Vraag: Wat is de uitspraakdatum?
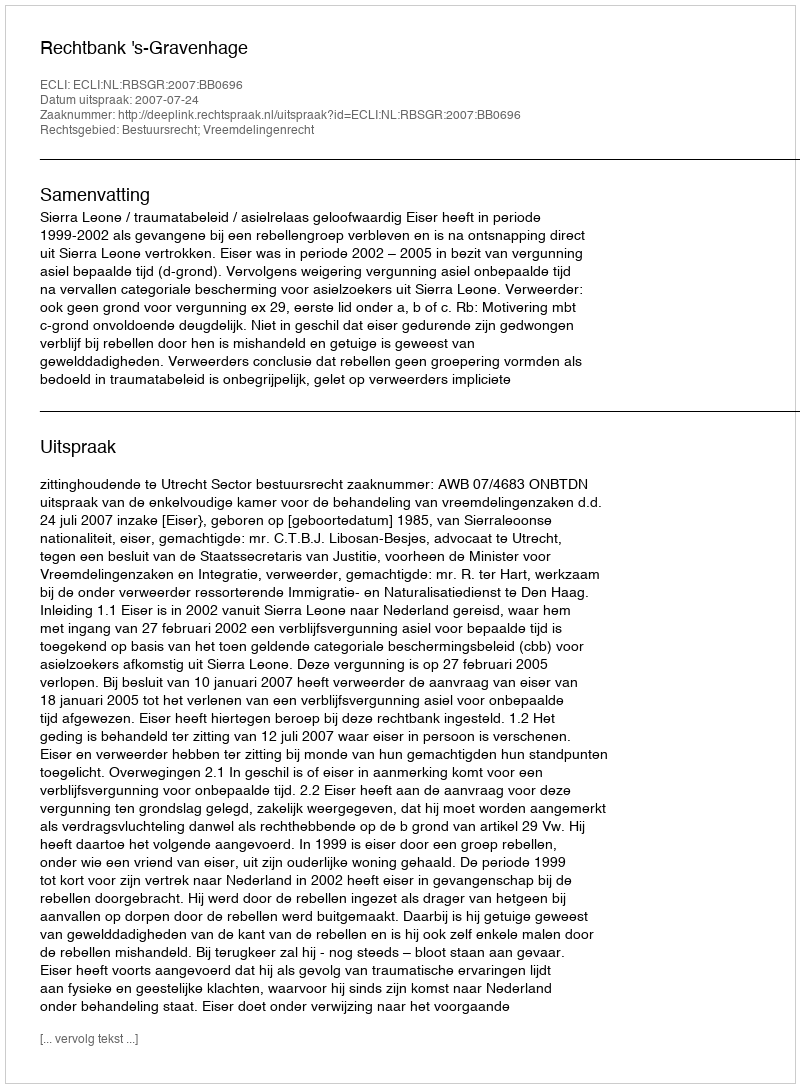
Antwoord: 2007-07-24